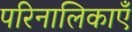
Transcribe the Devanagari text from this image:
परिनालिकाएँ